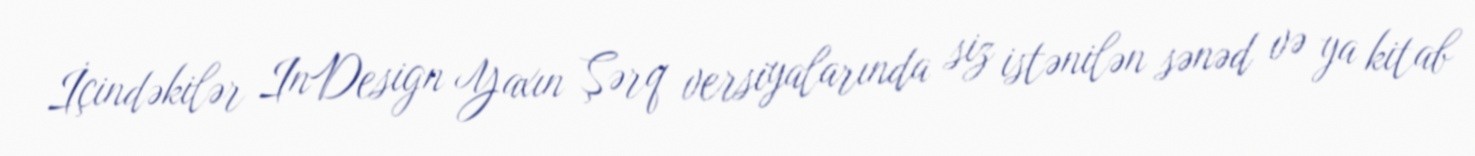
İçindəkilər InDesign Yaxın Şərq versiyalarında siz istənilən sənəd və ya kitab